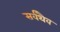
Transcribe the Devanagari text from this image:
सर्वथैव